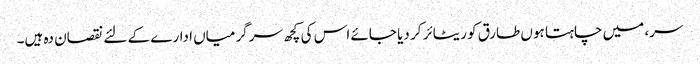
سر، میں چاہتا ہوں طارق کو ریٹائر کر دیا جائے اس کی کچھ سرگرمیاں ادارے کے لئے نقصان دہ ہیں۔